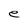
Character: e